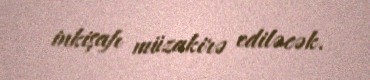
inkişafı müzakirə ediləcək.